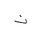
Letter: _ta